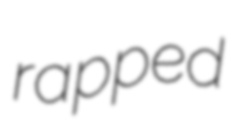
rapped